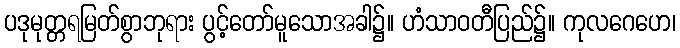
ပဒုမုတ္တရမြတ်စွာဘုရား ပွင့်တော်မူသောအခါ၌။ ဟံသာဝတီပြည်၌။ ကုလဂေဟေ၊